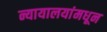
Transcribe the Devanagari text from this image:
न्यायालयांमधून